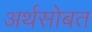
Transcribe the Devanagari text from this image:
अर्थसोबत